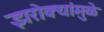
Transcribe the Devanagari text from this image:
झरोक्यांमुळे